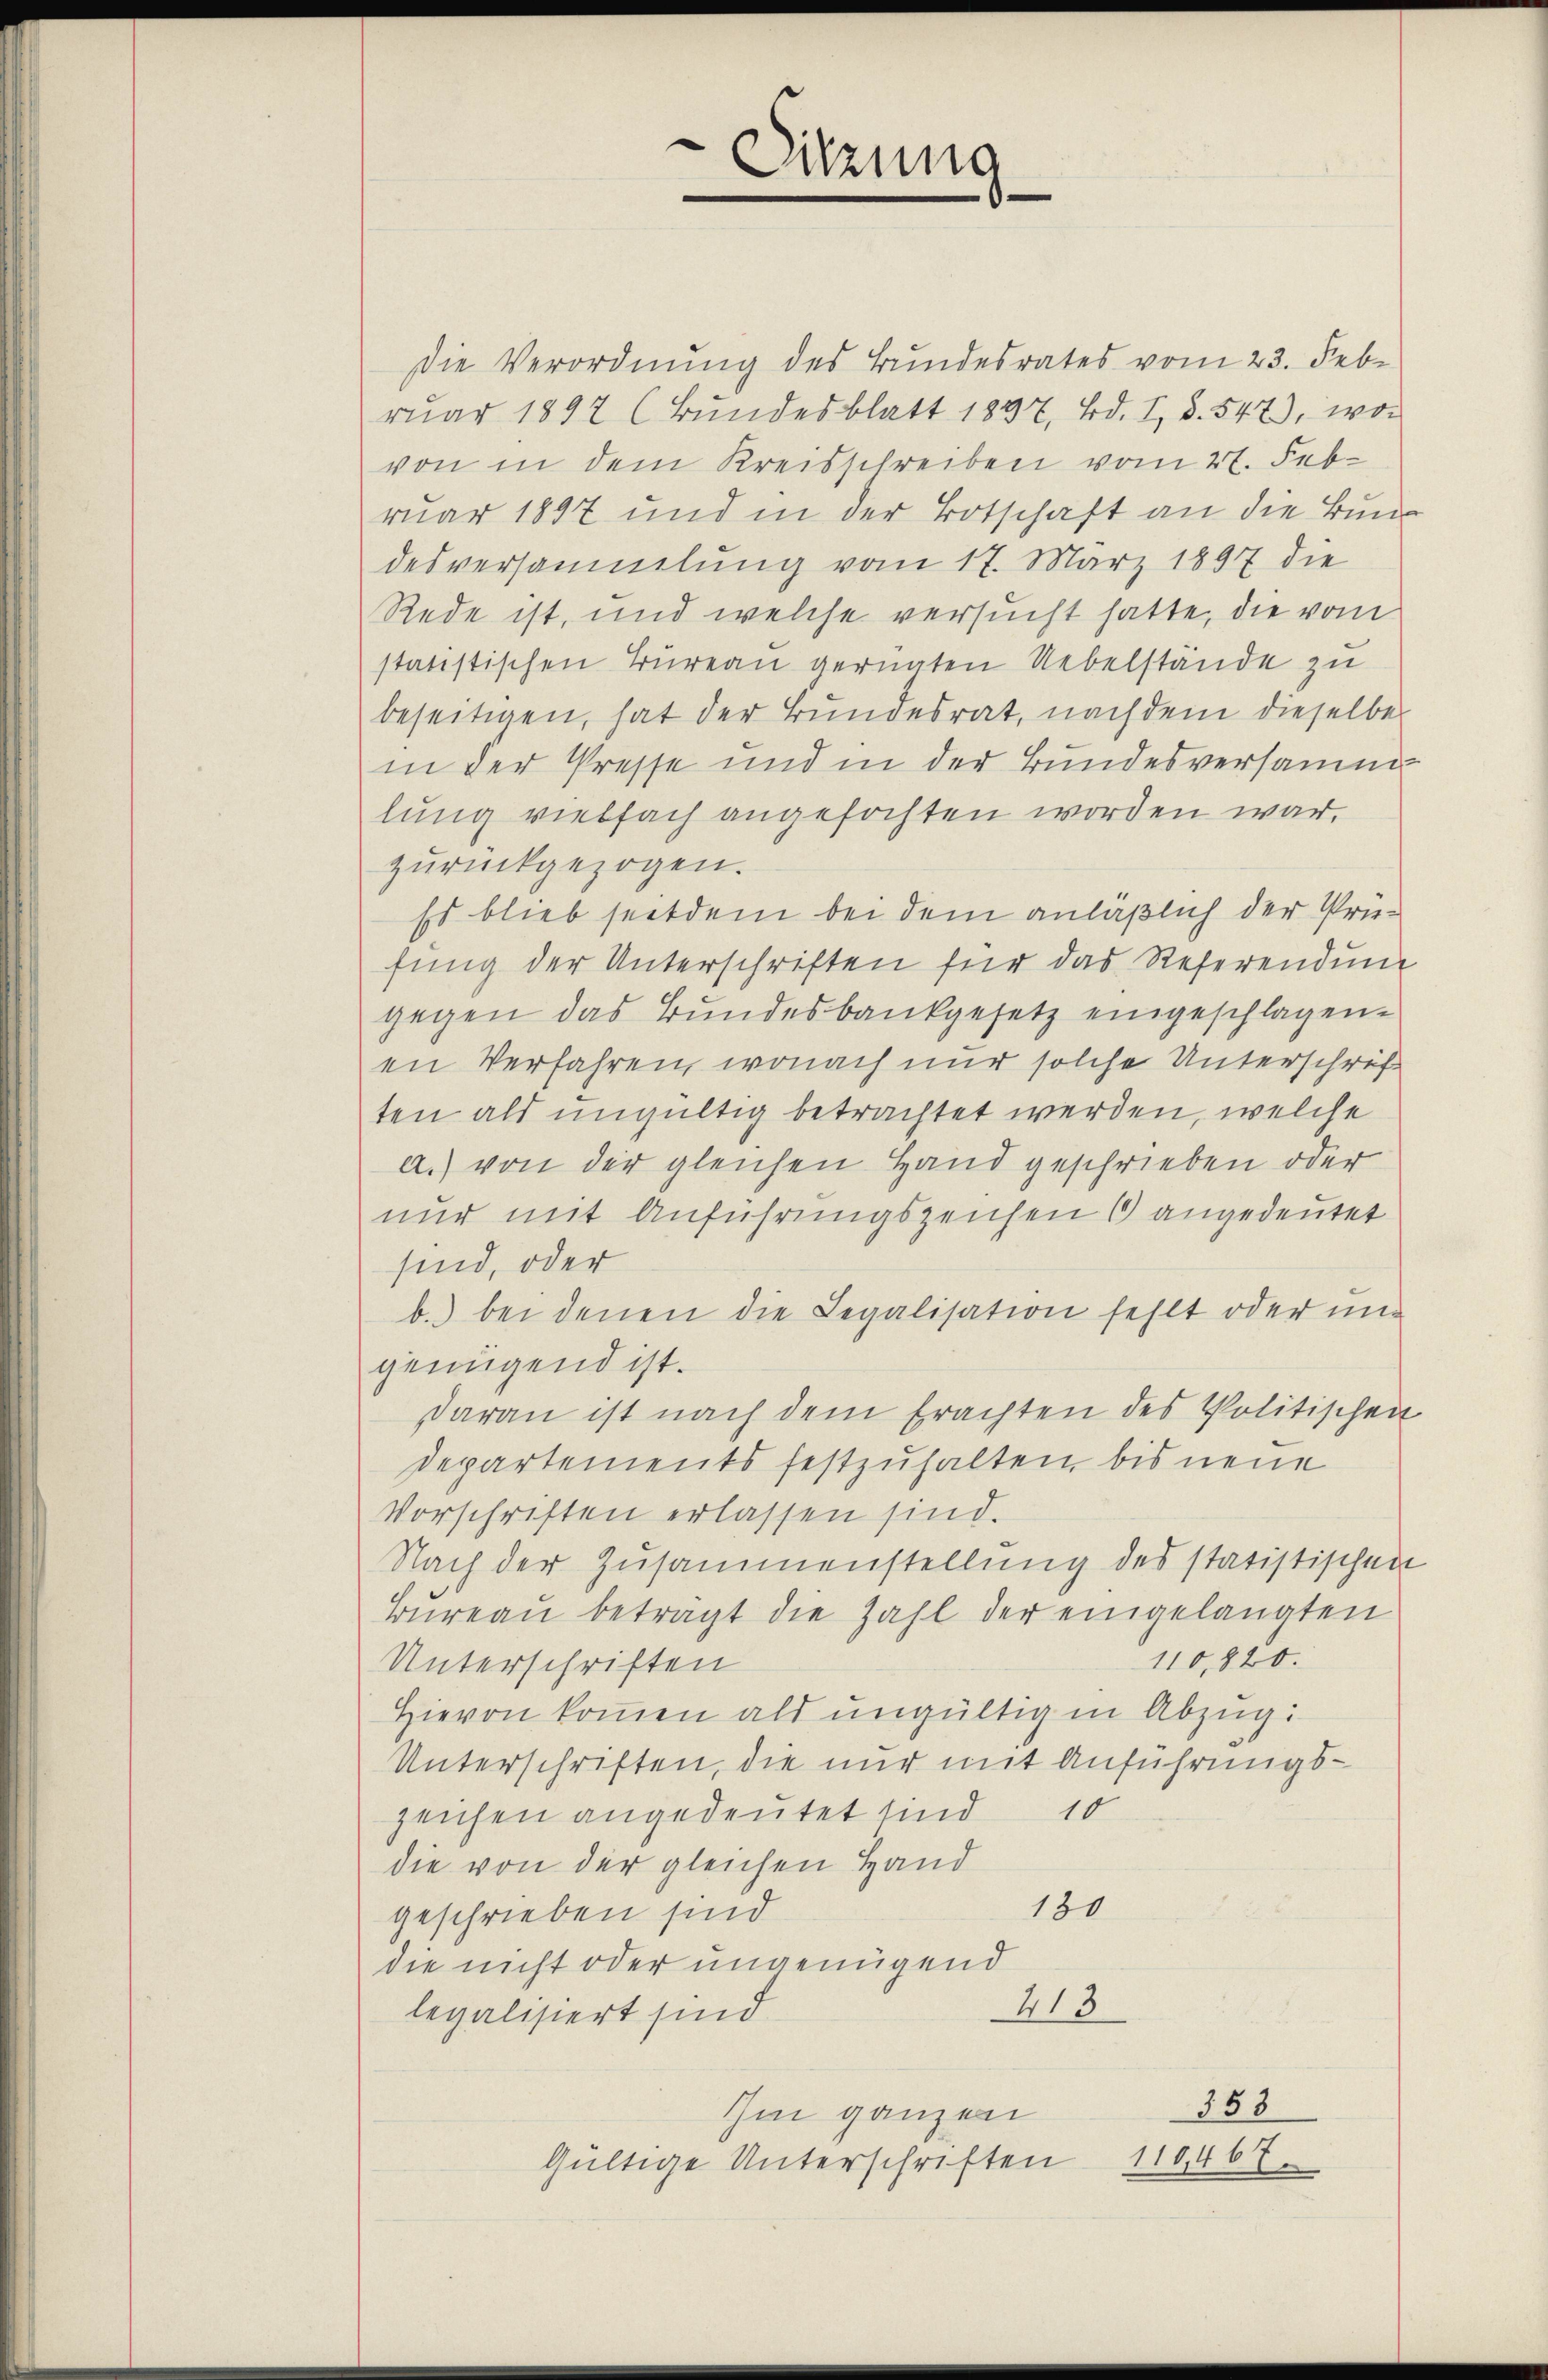
Die Verordnŭng des Bundesrates vom 23. Febr
ruar 1897 (Bundesblatt 1837, Bd. I, S. 547), wor
von in dem Kreisschreiben vom 27. Februar 1897 und in der Botschaft an die Bundesversammlung vom 17. März 1897 die
Rede ist, und welche versucht hatte, die vom
statistischen Büreau gernaten Uebelstände zu
beseitigen, hat der Bundesrat, nach dem dieselbe
in der Presse und in der Bundesversammlung vielfach angefochten worden war,
zurückgezogen.
Es blieb seitdem bei dem anläßlich der Prüfung der Unterschriften für das Referendung
gegen das Bundesbankgesetz eingeschlagenen Verfahren, wonach nur solche Unterschrift
ten als ungültig betrachtet werden, welche
a.) von der gleichen Hand geschrieben oder
nur mit Anführungszeichen 6 angedeutet
sind, oder
b. bei denen die Legalisation fehlt oder un
genügend ist.
daran ist nach dem Erachten des Politischen
Departements festzuhalten, bis neue
Vorschriften erlassen sind.
Nach der Zusammenstellung des statistischen
würeau beträgt die Zahl der eingelangten
110,820.
Unterschriften
Hievon kommen als ungültig in Abzug:
Unterschriften, die nur mit Anführungs¬
10
zeichen angedeutet sind
die von der gleichen Hand
180
geschrieben sind
die nicht oder ungenügend
413
legalisiert sind.
355
Ihm ganzen
110,467.
Gültige Unterschriften

Sitzung